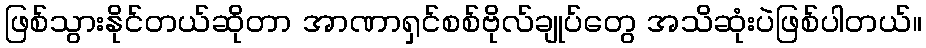
ဖြစ်သွားနိုင်တယ်ဆိုတာ အာဏာရှင်စစ်ဗိုလ်ချုပ်တွေ အသိဆုံးပဲဖြစ်ပါတယ်။